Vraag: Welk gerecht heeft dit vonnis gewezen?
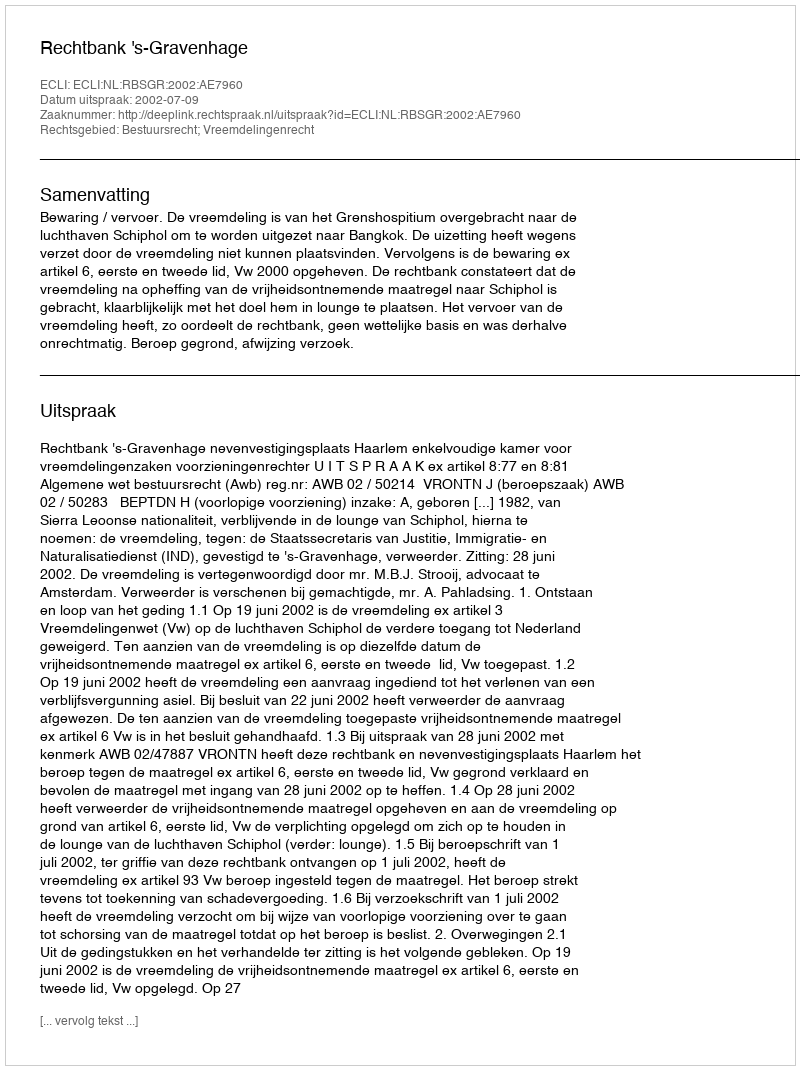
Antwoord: Rechtbank 's-Gravenhage